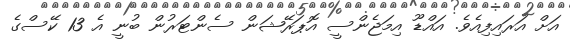
އަށް އަރައިފިއެވެ. އައްޑޫ އިމަޖެންސީ އޮޕަރޭޝަން ސެންޓަރުން ބުނީ އެ 13 ކޭސްގެ